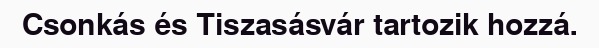
Csonkás és Tiszasásvár tartozik hozzá.